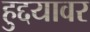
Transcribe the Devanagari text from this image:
हुद्दयावर